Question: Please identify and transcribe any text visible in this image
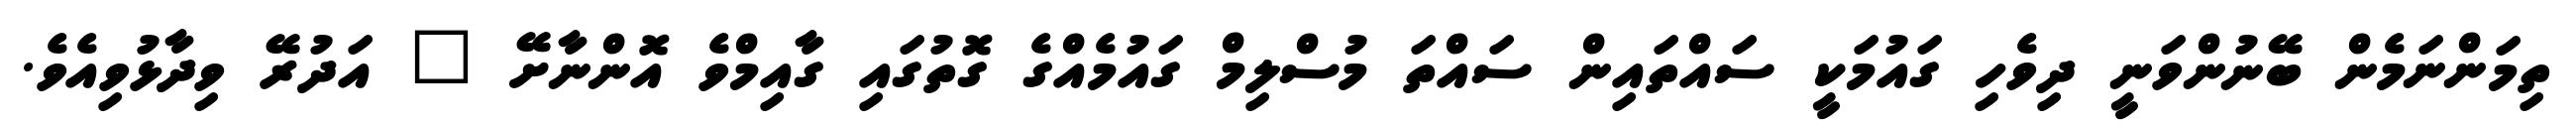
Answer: ތިމަންނަމެން ބޭނުންވަނީ ދިވެހި ގައުމަކީ ސައްތައިން ސައްތަ މުސްލިމް ގައުމެއްގެ ގޮތުގައި ގާއިމްވެ އޮންނާށޭ " އަދުރޭ ވިދާޅުވިއެވެ.